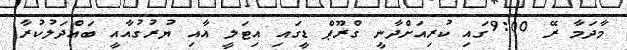
މާދަމާ ރޭ 9:00ގައި ކުރިއަށްދާނީ ގްރޫޕް ޑީގައި އިޓަލީ އާއި ޔުރުގުއާއީ ބައްދަލުކުރާ